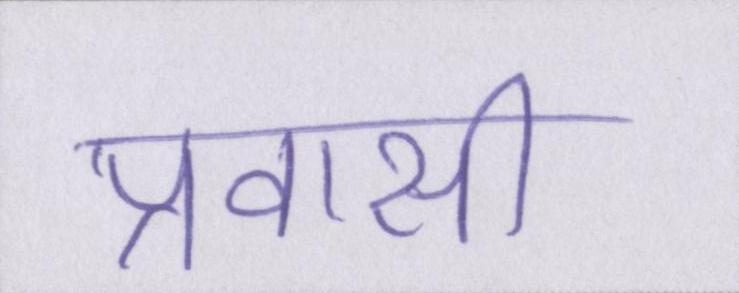
प्रवासी